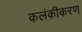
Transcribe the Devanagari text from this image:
कलंकीकरण